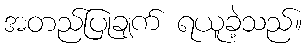
အတည်ပြုချက် ရယူခဲ့သည်။